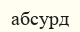
абсурд